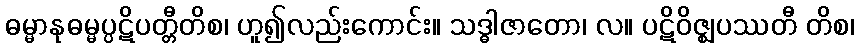
ဓမ္မာနုဓမ္မပ္ပဋိပတ္တီတိစ၊ ဟူ၍လည်းကောင်း။ သဒ္ဓါဇာတော၊ လ။ ပဋိဝိဇ္ဈပဿတီ တိစ၊